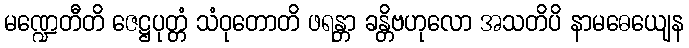
မဏ္ဍေတီတိ ဇေဋ္ဌပုတ္တံ သံဝုတောတိ ဖရန္တာ ခန္တိဗဟုလော အသတိပိ နာမဓေယျေန